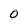
Character: 0